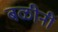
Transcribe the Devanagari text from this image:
बळीनी